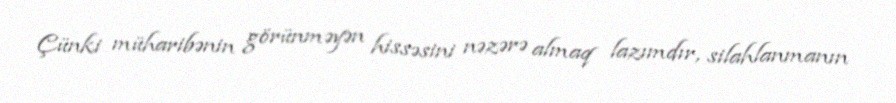
Çünki müharibənin görünməyən hissəsini nəzərə almaq lazımdır, silahlanmanın